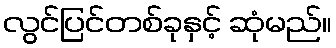
လွင်ပြင်တစ်ခုနှင့် ဆုံမည်။